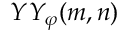
Y Y _ { \varphi } ( m , n )